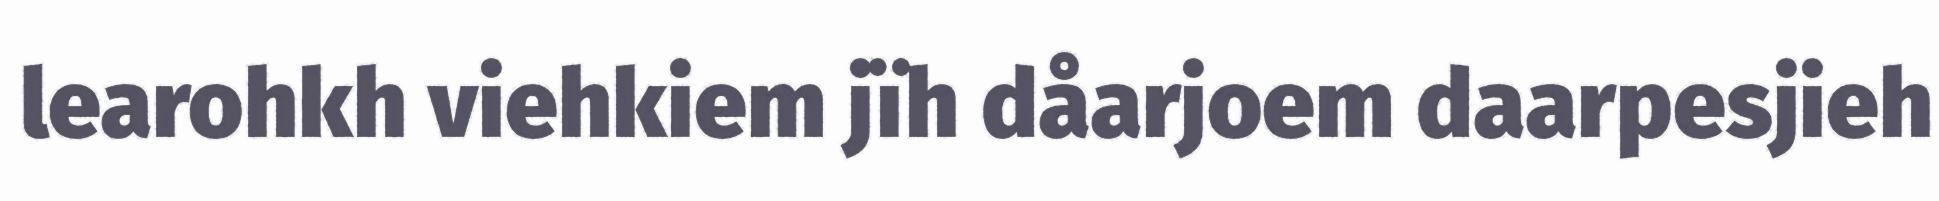
learohkh viehkiem jïh dåarjoem daarpesjieh